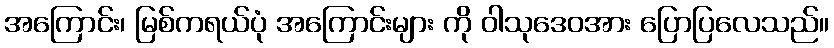
အကြောင်း၊ မြစ်ကရယ်ပုံ အကြောင်းများ ကို ဝါသုဒေဝအား ပြောပြလေသည်။